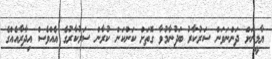
ޔާމީނަށް ދަންނަވަން ސަރުކާރު ބަދުނާމުވާ ގޮތަށް ކަންކަން ކުރާން ސަރުކާރުގެ އެއްވެސް އިދާރާއެއްގެ